Document type: Emphyteutic lease
Year: 1295
Scribe: Pere de Noguera, prevere
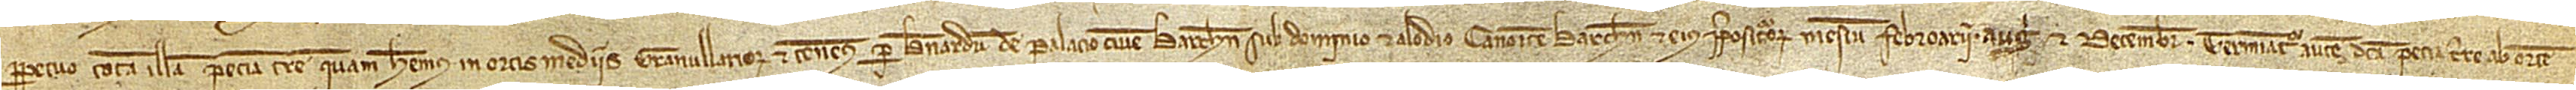
perpetuo totam illam peciam terre quam habemus in ortis mediis Granullariorum et tenemus per Bernardum de Palacio(lo), civem Barchinone, sub dominio et alodio Canonice Barchinone et eius prepositorum mensium febroarii, augusti et decembris. Terminatur autem dicta pecia terre ab oriente